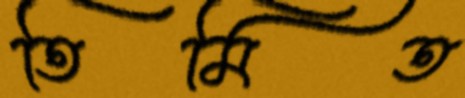
তিমিত